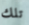
تلك